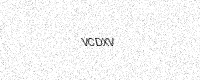
Text: VCDXV